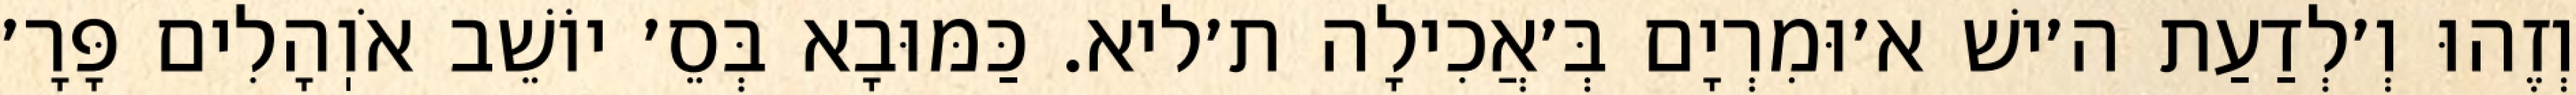
וְזֶהוּ וְ׳לְדַעַת ה׳ישׁ א׳וּמִרְיָם בְּ׳אֲכִילָה ת׳ליא. כַּמּוּבָא בְּסֵ׳ יוֹשֵׁב אֹוֽהָלִים פָּרָ׳